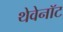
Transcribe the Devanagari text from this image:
थेवेनॉट